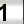
Digit: 1